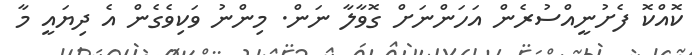
ކޮއްކޮ ފެށުނީއްސުރެން އަހަންނަށް ގޮވާލާ ނަން. މިންނު ވަކިވެގެން އެ ދިޔައީ މާ